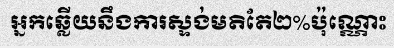
អ្នកឆ្លើយនឹងការស្ទង់មតិតែ២%ប៉ុណ្ណោះ